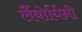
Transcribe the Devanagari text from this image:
लैंबोर्घिनी